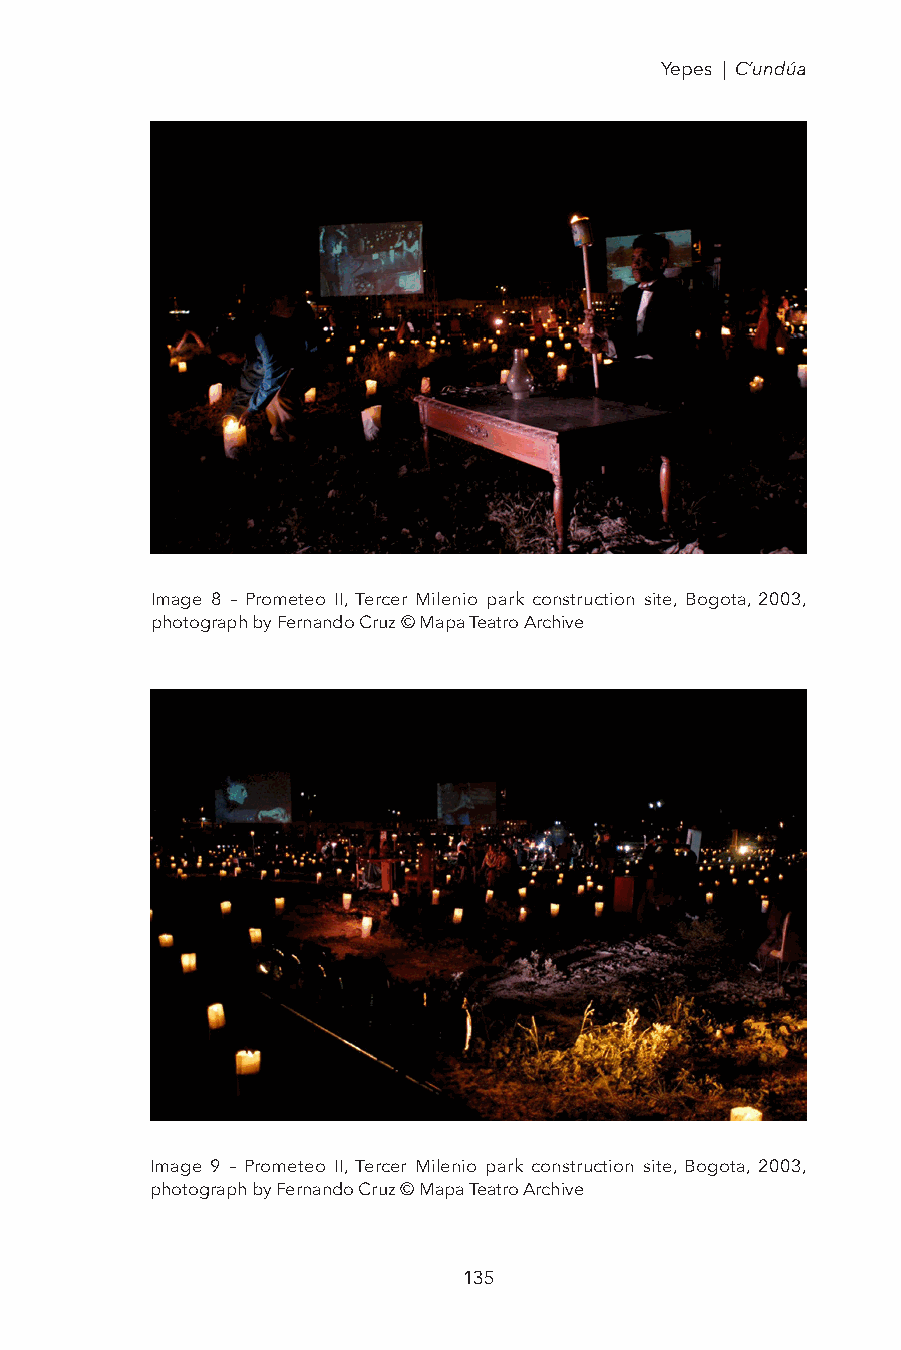
Yepes | C’undúa
 Image 8 – Prometeo II, Tercer Milenio park construction site, Bogota, 2003,
 photograph by Fernando Cruz © Mapa Teatro Archive
 Image 9 – Prometeo II, Tercer Milenio park construction site, Bogota, 2003,
 photograph by Fernando Cruz © Mapa Teatro Archive
 135